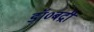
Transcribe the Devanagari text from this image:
डॉ०बद्री